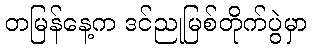
တမြန်နေ့က ဒင်ညုမြစ်တိုက်ပွဲမှာ